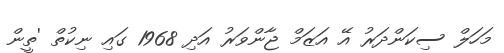
މަހަލް ސިކަންދަރު އޭ އަޒަމް ޖާންވަރު އަދި 1968 ގައި ނިކުތް 'ތީން